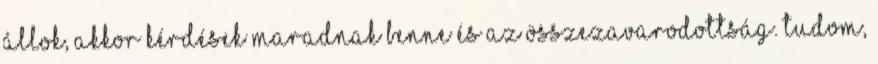
állok, akkor kérdések maradnak benne és az összezavarodottság. Tudom,